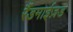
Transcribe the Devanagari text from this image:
रैंडमाईज़ड